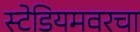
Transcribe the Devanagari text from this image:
स्टेडियमवरचा